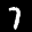
Label: 7